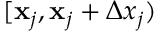
[ \mathbf { x } _ { j } , \mathbf { x } _ { j } + \Delta x _ { j } )